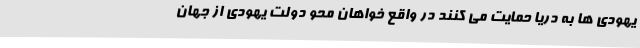
یهودی ها به دریا حمایت می کنند در واقع خواهان محو دولت یهودی از جهان